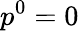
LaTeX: p^{0}=0